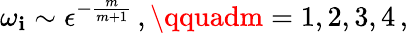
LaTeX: \omega_{\mathbf{i}}\sim\epsilon^{-\frac{{m}}{{m+1}}}\, ,\qquadm=1,2,3,4\, ,